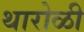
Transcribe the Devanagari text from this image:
थारोळी